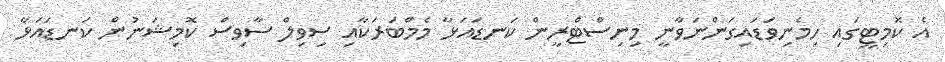
އެ ކޮމިޓީގައި ހިމެނިވަޑައިގަންނަވާނީ މިނިސްޓްރީން ކަނޑައަޅާ މެމްބަރަކާއި ސިވިލް ސާވިސް ކޮމިޝަނުން ކަނޑައަޅާ